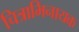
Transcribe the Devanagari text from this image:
चित्राभिनायक